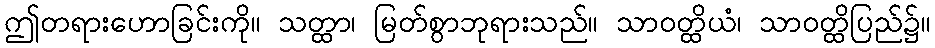
ဤတရားဟောခြင်းကို။ သတ္ထာ၊ မြတ်စွာဘုရားသည်။ သာဝတ္ထိယံ၊ သာဝတ္ထိပြည်၌။